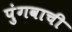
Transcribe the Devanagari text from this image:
पुंगवाची